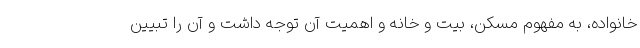
خانواده، به مفهوم مسکن، بیت و خانه و اهمیت آن توجه داشت و آن را تبیین